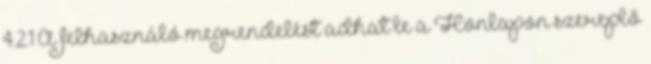
4.2.1 A felhasználó megrendelést adhat le a Honlapon szereplő